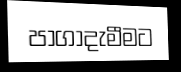
පාගාදැමීමට